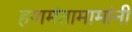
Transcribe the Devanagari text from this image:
हणमंतामामांनी